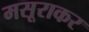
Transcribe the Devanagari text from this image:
मसूराकर